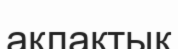
ақлақтық